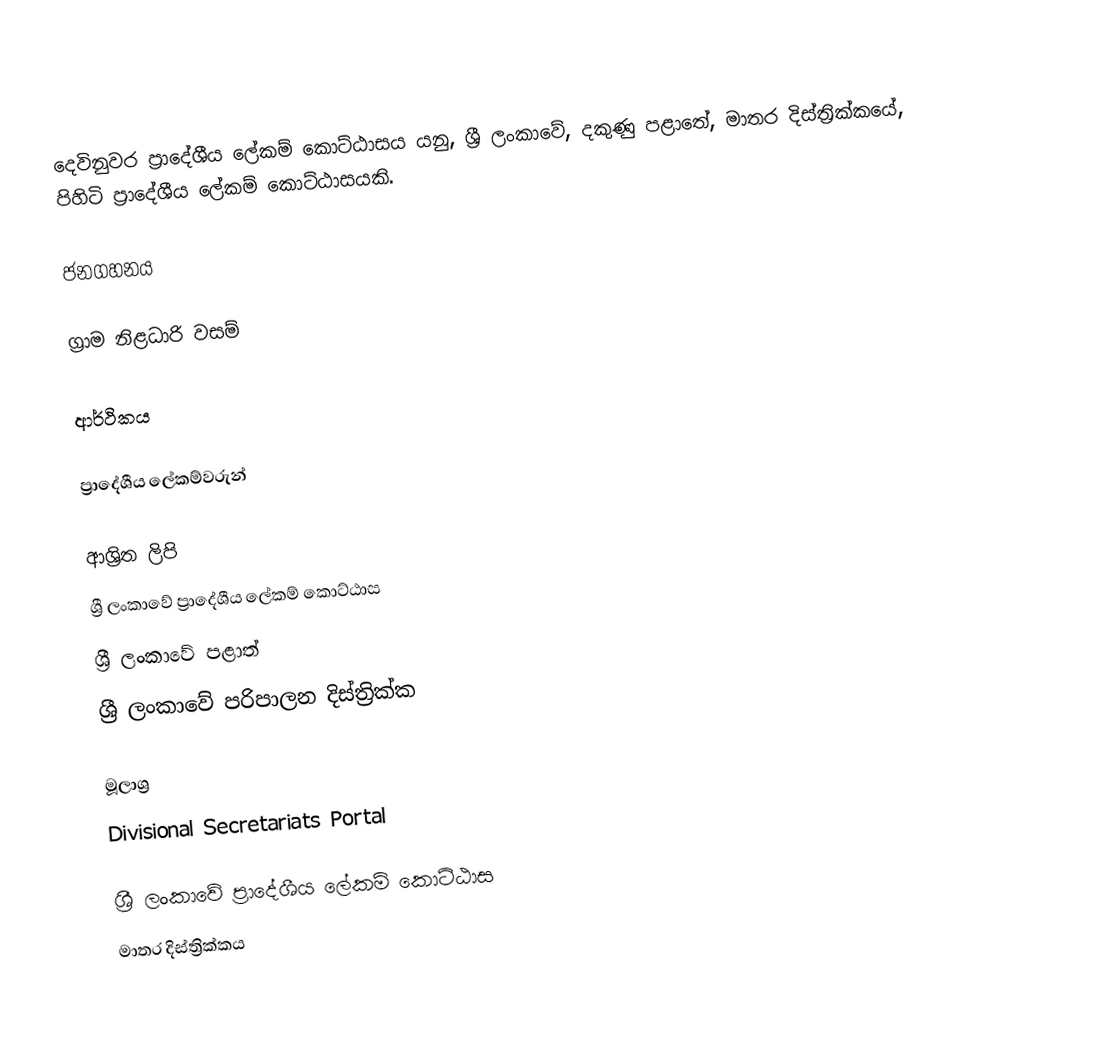
දෙවිනුවර ප්‍රාදේශීය ලේකම් කොට්ඨාසය යනු,  ශ්‍රී ලංකාවේ, දකුණු පළාතේ,   මාතර දිස්ත්‍රික්කයේ, පිහිටි ප්‍රාදේශීය ලේකම් කොට්ඨාසයකි.

ජනගහනය

ග්‍රාම නිළධාරි වසම්

ආර්ථිකය

ප්‍රාදේශීය ලේකම්වරුන්

ආශ්‍රිත ලිපි
ශ්‍රී ලංකාවේ ප්‍රාදේශීය ලේකම් කොට්ඨාස
ශ්‍රී ලංකාවේ පළාත්
ශ්‍රී ලංකාවේ පරිපාලන දිස්ත්‍රික්ක

මූලාශ්‍ර
 Divisional Secretariats Portal

ශ්‍රී ලංකාවේ ප්‍රාදේශීය ලේකම් කොට්ඨාස
මාතර දිස්ත්‍රික්කය